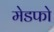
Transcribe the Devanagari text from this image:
मेडफो